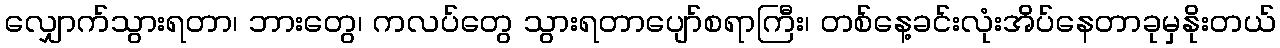
လျှောက်သွားရတာ၊ ဘားတွေ၊ ကလပ်တွေ သွားရတာပျော်စရာကြီး၊ တစ်နေ့ခင်းလုံးအိပ်နေတာခုမှနိုးတယ်